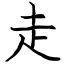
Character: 走